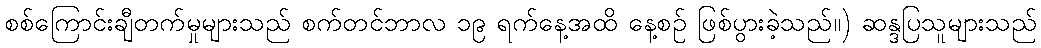
စစ်ကြောင်းချီတက်မှုများသည် စက်တင်ဘာလ ၁၉ ရက်နေ့အထိ နေ့စဉ် ဖြစ်ပွားခဲ့သည်။) ဆန္ဒပြသူများသည်